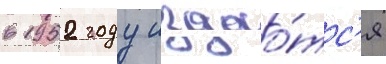
в 1952 году издао́тс'я